Burma Government Medical School reports 1907-22
Year: 1907
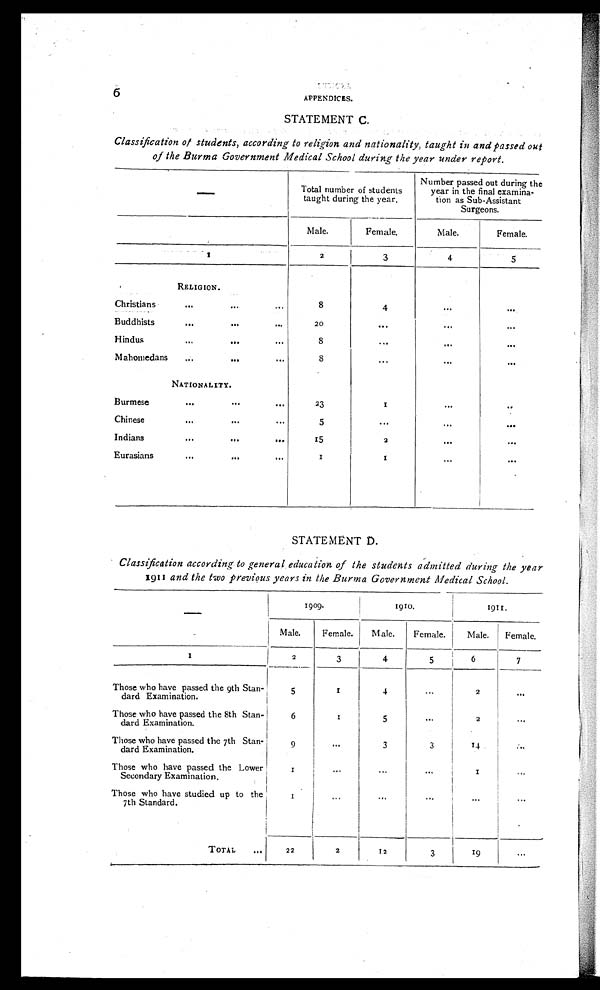
6
APPENDICES.
STATEMENT C.
Classification of students, according to religion and nationality, taught in and passed out
of the Burma Government Medical School during the year under report.
—
Total number of students
taught during the year.
Number passed out during the
year in the final examina-
tion as Sub-Assistant
Surgeons.
Male.
Female.
Male.
Female.
1
2
3
4
5
RELIGION.
Christians
. . .
...
...
8
4
. . .
. . .
Buddhists
. . .
. . .
. . .
20
. . .
. . .
. . .
Hindus
...
. . .
. . .
8
. . .
. . .
. . .
Mahomedans
. . .
. . .
. . .
8
...
. . .
. . .
NATIONALITY.
Burmese
. . .
. . .
. . .
23
1
. . .
. . .
Chinese
. . .
. . .
. . .
5
. . .
. . .
. . .
Indians
. . .
...
. . .
15
2
. . .
. . .
Eurasians
...
. . .
...
1
1
. . .
. . .
STATEMENT D.
Classification according to general education of the students admitted during the year
1911
and the two previous years in the Burma Government Medical School.
—
1909.
1910.
1911.
Male.
Female.
Male.
Female.
Male. Female.
1
2
3
4
5
6
7
Those who have passed the 9th Stan-
dard Examination.
5
1
4
. . .
2
. . .
Those who have passed the 8th Stan-
dard Examination.
6
1
5
. . .
2
. . .
Those who have passed the 7th Stan-
dard Examination.
9
...
3
3
1 4
. . .
Those who have passed the Lower
Secondary Examination.
1
...
...
...
1
. . .
Those who have studied up to the
7th Standard.
1
. . .
. . .
...
. . .
. . .
TOTAL ...
22
2
12
3
19
...